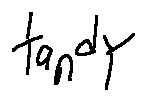
\tan ^ { d } Y